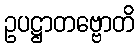
ဥပဋ္ဌာတဗ္ဗောတိ